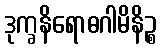
ဒုက္ခနိရောဓဂါမိနိဉ္စ